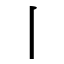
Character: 丨